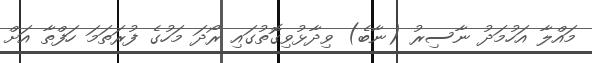
މައްލާ އަހުމަދު ނާސިރު (ނާބެ) ވިދާޅުވިގޮތުގައި ރޯދަ މަހުގެ ފުރަތަމަ ހަފްތާ އަށް